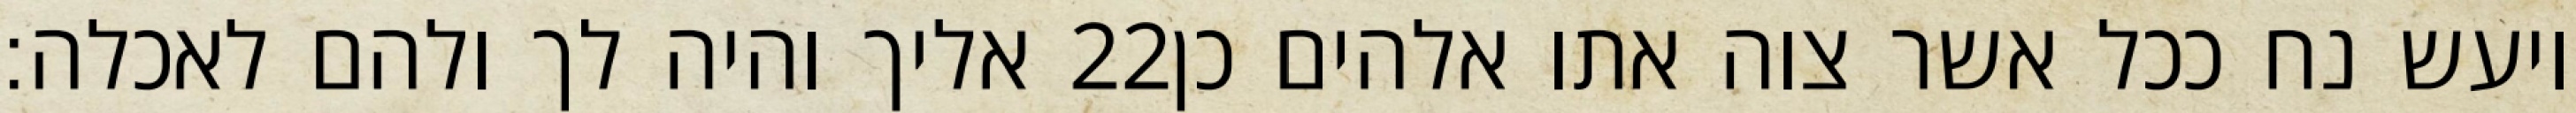
אליך והיה לך ולהם לאכלה׃ ‎22‏ ויעש נח ככל אשר צוה אתו אלהים כן